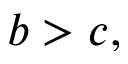
b > c ,